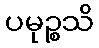
ပမုဉ္စသိ